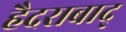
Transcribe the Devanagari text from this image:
हैदराबाद्